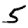
Digit: 5